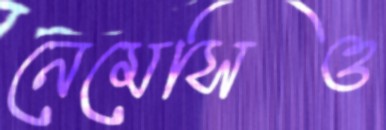
নেমেসিও